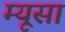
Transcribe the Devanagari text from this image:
म्यूसा